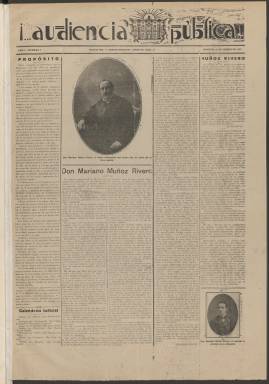
Título: ¡Audiencia pública _! (Madrid)
Colección: Derecho
Ámbito geográfico: Madrid
Lugar de publicación: Madrid
Fechas: 19/03/1927-13/12/1927